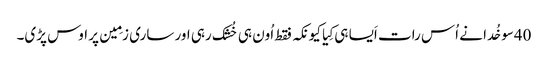
40سو خُدا نے اُس رات اَیسا ہی کِیا کیونکہ فقط اُون ہی خُشک رہی اور ساری زمِین پر اوس پڑی۔